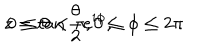
LaTeX: z = \tan \frac { \theta } { 2 } e ^ { i \phi } , \hspace { . 5 i n } 0 \leq \theta < \pi , 0 \leq \phi \leq 2 \pi